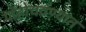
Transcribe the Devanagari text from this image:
पोहोचवण्यात